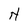
Character: N